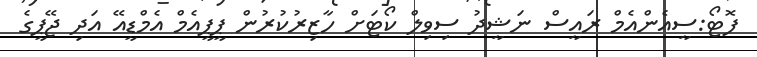
ފޮޓޯ:ސީއެންއެމް ރައީސް ނަޝީދު ސިވިލް ކޯޓަށް ހާޒިރުކުރުން ޕީޕީއެމް އެމްޑީއޭ އަދި ޖޭޕީގެ